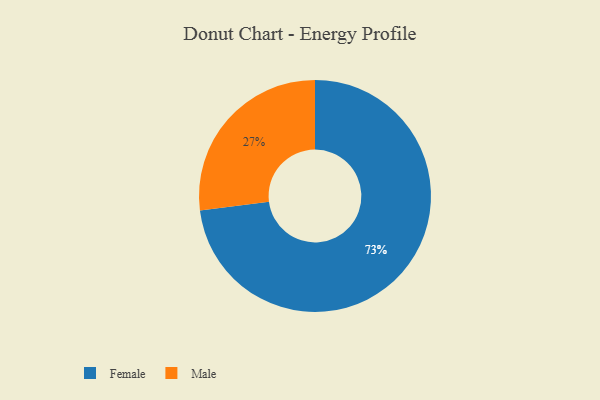
{"axis": {"x": "Category", "y": "Percentage"}, "legend": ["Female", "Male"], "data": [{"x": "Male", "y": 27, "type": "Male"}, {"x": "Female", "y": 73, "type": "Female"}]}